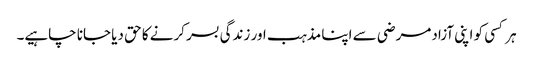
ہر کسی کو اپنی آزادمرضی سے اپنا مذہب اور زندگی بسر کرنے کا حق دیا جانا چاہیے۔